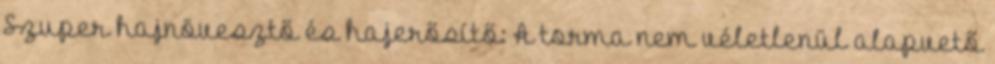
Szuper hajnövesztő és hajerősítő: A torma nem véletlenül alapvető